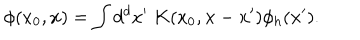
LaTeX: \phi ( x _ { 0 } , { \bf x } ) = \int d ^ { d } x ^ { \prime } \; K ( x _ { 0 } , { \bf x } - { \bf x } ^ { \prime } ) \phi _ { h } ( { \bf x } ^ { \prime } ) .